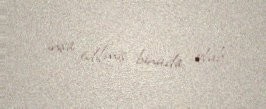
inşa edilmiş binada olub.